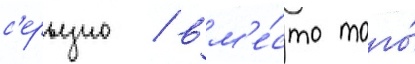
с'ерьезно / вм'е́сто того́